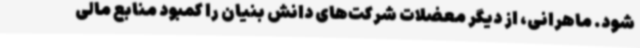
شود. ماهرانی، از دیگر معضلات شرکت‌های دانش بنیان را کمبود منابع مالی